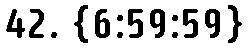
42. {6:59:59}